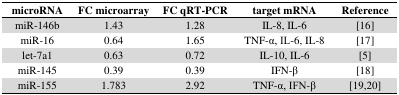
| microRNA | FC microarray | FC qRT-PCR | target mRNA | Reference |
 | --- | --- | --- | --- | --- |
 | miR-146b | 1.43 | 1.28 | IL-8, IL-6 | [16] |
 | miR-16 | 0.64 | 1.65 | TNF-α, IL-6, IL-8 | [17] |
 | let-7a1 | 0.63 | 0.72 | IL-10, IL-6 | [5] |
 | miR-145 | 0.39 | 0.39 | IFN-β | [18] |
 | miR-155 | 1.783 | 2.92 | TNF-α, IFN-β | [19,20] |